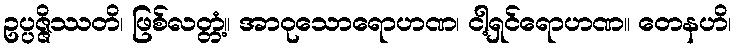
ဥပ္ပဇ္ဇိဿတိ၊ ဖြစ်လတ္တံ့။ အာဝုသောရောဟဏ၊ ငါ့ရှင်ရောဟဏ။ တေနဟိ၊